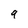
Character: 9